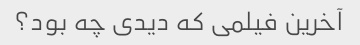
آخرین فیلمی که دیدی چه بود؟